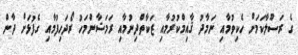
ގެ ރަސޫލާކަމަށް ހެކިވުމާއި ނަމާދު ޤާއިމްކުރުމާއި ޒަކާތްދިނުމާއި ރަމަޟާންމަހު ރޯދަހިފުމާއި ގެފުޅަށް ދާން